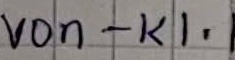
Text: von - K1.1